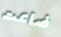
ضاعت